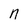
Character: n